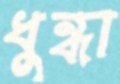
ধুন্ধা